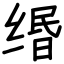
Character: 缗